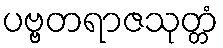
ပဗ္ဗတရာဇသုတ္တံ